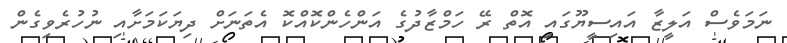
ނަމަވެސް އަލީޒާ އައިސީޔޫގައި އޮތް ރޭ ހަމްޒާދުގެ އަންހެންކޮއްކޮ އެތަނަށް ދިޔަކަމަށާއި ނުހުރެވިގެން